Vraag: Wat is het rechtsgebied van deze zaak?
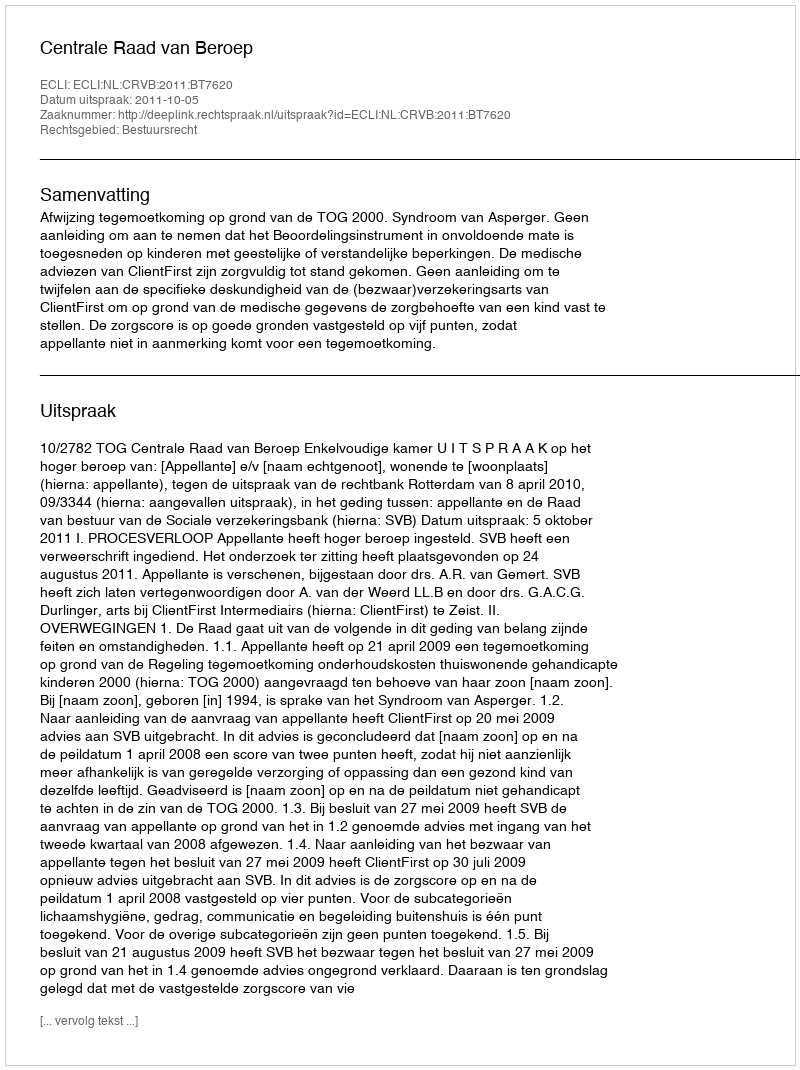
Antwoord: Bestuursrecht